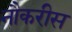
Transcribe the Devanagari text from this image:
नौकरीस